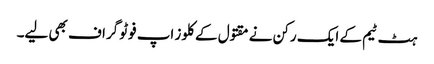
ہٹ ٹیم کے ایک رکن نے مقتول کے کلوز اپ فوٹو گراف بھی لیے۔